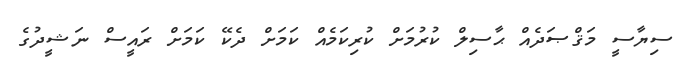
ސިޔާސީ މަޤްޞަދެއް ޙާސިލް ކުރުމަށް ކުރިކަމެއް ކަމަށް ދެކޭ ކަމަށް ރައީސް ނަޝީދުގެ